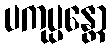
ပကုပ္ပန္တော